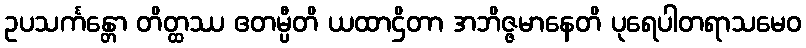
ဥပသင်္ကန္တော တိတ္ထဿ ဧတမ္ပီတိ ယထာဌိတာ အဘိဇ္ဇမာနေတိ ပုရေပါတရာသမေဝ